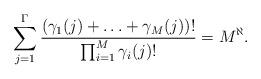
LaTeX: \begin{align*}\sum_{j=1}^{\Gamma} \frac{(\gamma_1(j)+\ldots + \gamma_M(j))!}{\prod_{i=1}^{M} \gamma_i(j)!} = M^{\aleph}.\end{align*}